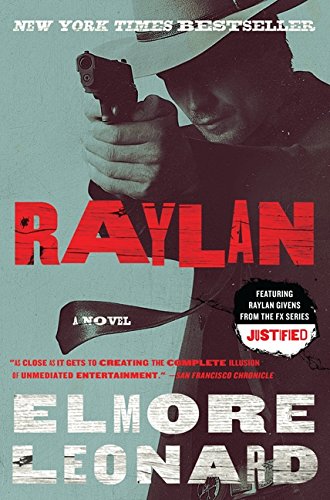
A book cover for Raylan: A Novel; Elmore Leonard; Mystery, Thriller & Suspense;